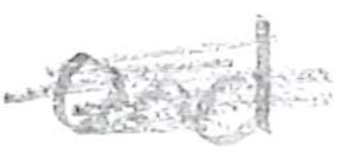
Text: and
Cross-out: scratch
Writing tool: pencil